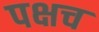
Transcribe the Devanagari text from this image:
पक्षच